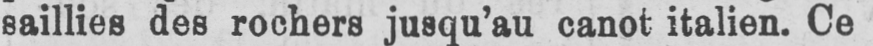
saillies des rochers jusqu’au canot italien. Ce